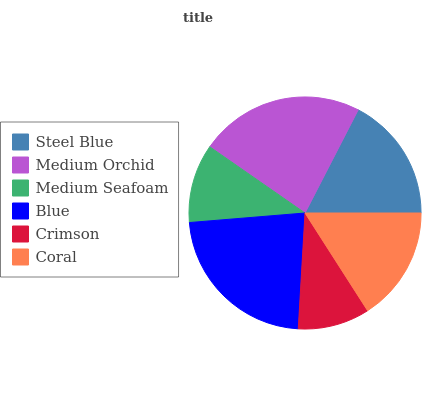
| Steel Blue | Medium Orchid | Medium Seafoam | Blue | Crimson | Coral |
 | --- | --- | --- | --- | --- | --- |
 | 17.4% | 22.9% | 11% | 22.8% | 10% | 15.9% |